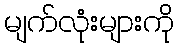
မျက်လုံးများကို